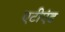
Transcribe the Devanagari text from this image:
एटीएंड